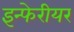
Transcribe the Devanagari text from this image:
इन्फेरीयर